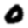
Digit: 0